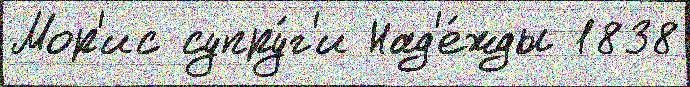
Мор'ис супру́г'и Над'е́жды 1838